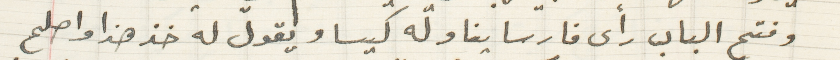
وفتح الباب رأى فارسا يناوله كيسا ويقول له خذ هذ واصلح